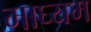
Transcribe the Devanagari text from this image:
माघ्‍यम